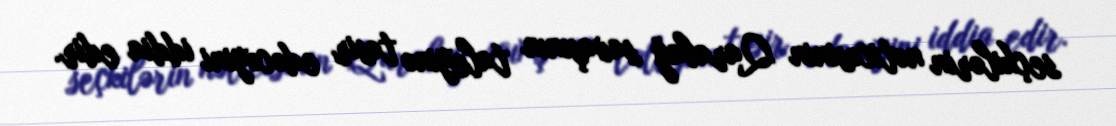
seçkilərin nəticəsinin Qarabağ savaşının taleyinə təsir edəcəyini iddia edir.